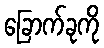
ခြောက်ခုကို